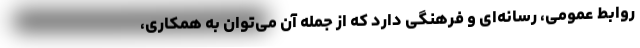
روابط ‌عمومی، رسانه‌ای و فرهنگی دارد که از جمله آن می‌توان به همکاری،